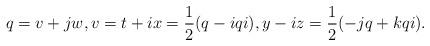
LaTeX: \begin{align*}q=v+jw, v=t+ix={1\over2}(q-iqi), y-iz={1\over2}(-jq+kqi). \end{align*}